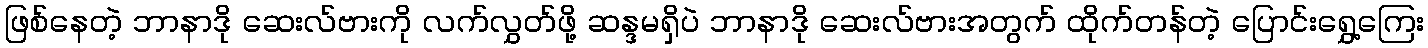
ဖြစ်နေတဲ့ ဘာနာဒို ဆေးလ်ဗားကို လက်လွှတ်ဖို့ ဆန္ဒမရှိပဲ ဘာနာဒို ဆေးလ်ဗားအတွက် ထိုက်တန်တဲ့ ပြောင်းရွှေ့ကြေး